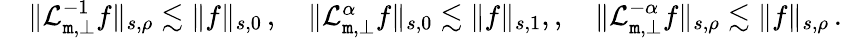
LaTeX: \begin{array}{rl}&{\| {\cal L}_{\mathtt m,\bot}^{-1}f\| _{s,\rho}\lesssim\| f\| _{s,0}\, ,\quad\| {\cal L}_{\mathtt m,\bot}^{\alpha}f\| _{s,0}\lesssim\| f\| _{s,1},,\quad\| {\cal L}_{\mathtt m,\bot}^{-\alpha}f\| _{s,\rho}\lesssim\| f\| _{s,\rho}\, .}\end{array}